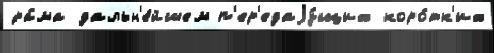
ра́ма дальн'е́йшем п'ер'едаjу́щих коро́тк'их